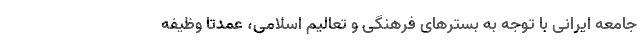
جامعه ایرانی با توجه به بسترهای فرهنگی و تعالیم اسلامی، عمدتا وظیفه